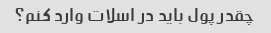
چقدر پول باید در اسلات وارد کنم؟